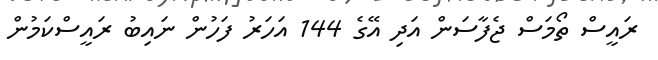
ރައީސް ތޯމަސް ޖެފާސަން އަދި އޭގެ 144 އަހަރު ފަހުން ނައިބު ރައީސްކަމުން